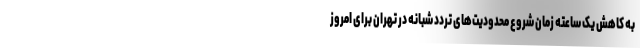
به کاهش یک ساعته زمان شروع محدودیت‌های تردد شبانه در تهران برای امروز